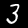
Digit: 3